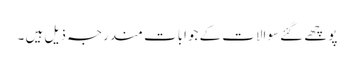
پوچھے گئے سوالات کے جوابات مندرجہ ذیل ہیں ۔